Medical and sanitary report on the native army of Bombay for the year
Year: 1878
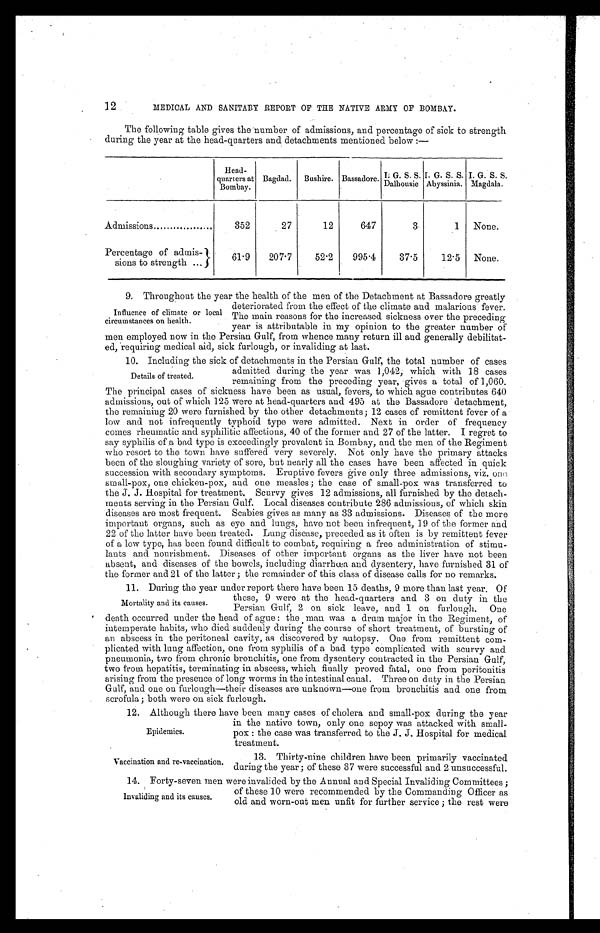
Epidemics.
Vaccination and re-vaccination.
12
MEDICAL AND SANITARY REPORT OP THE NATIVE ARMY OF BOMBAY.
The following table gives the number of admissions, and percentage of sick to strength
during the year at the head-quarters and detachments mentioned below :—
Head-
quarters at
Bombay.
Bagdad.
Bushire. Bassadore. I. G. S. S.
Dalhousie.
I. G. S. S.
Abyssinia.
I. G. S. S.
Magdala.
Admissions
352
27
12
647
3
1
None.
Percentage of admis-
sions to strength
61.9
207.7
52.2
995.4
37.5
12.5
None.
9. Throughout the year the health of the men of the Detachment at Bassadore greatly
Influence of climate or local
circumstances on health.
deteriorated irons the effect of the climate and malarious fever.
The main reasons for the increased sickness over the preceding
year is attributable in my opinion to the greater number of
men employed now in the Persian Gulf, from whence many return ill and generally debilitat-
ed, requiring medical aid, sick furlough, or invaliding at last.
10. Including the sick of detachments in the Persian Gulf, the total number of cases
admitted during the year was 1,042; which with 18 cases
remaining from the preceding year, gives a total of 1,060.
The principal cases of sickness have been as usual, fevers, to which ague contributes 640
admissions, out of which 125 were at head-quarters and 495 at the Bassadore detachment,
the remaining 20 were furnished by the other detachments; 12 cases of remittent fever of a
low and not infrequently typhoid type were admitted. Next in order of frequency
comes rheumatic and syphilitic affections, 40 of the former and 27 of the latter. I regret to
say syphilis of a bad type is exceedingly prevalent in Bombay, and the men of the Regiment
who resort to the town have suffered very severely. Not only have the primary attacks
been of the sloughing variety of sore, but nearly all the cases have been affected in quick
succession with secondary symptoms. Eruptive fevers give only three admissions, viz. one
small-pox, one chicken-pox, and one measles ; the case of small-pox was transferred to
the J. J. Hospital for treatment. Scurvy gives 12 admissions, all furnished by the detach-
ments serving in the Persian Gulf. Local diseases contribute 286 admissions, of which skin
diseases are most frequent. Scabies gives as many as 33 admissions. Diseases of the more
important organs, such as eye and lungs, have not been infrequent, 19 of the former and
22 of the latter have been treated. Lung disease, preceded as it often is by remittent fever
of a low type, has been found difficult to combat, requiring a free administration of stimu-
lants and nourishment. Diseases of other important organs as the liver have not been
absent, and diseases of the bowels, including diarrhœa and dysentery, have furnished 31 of
the former and 21 of the latter ; the remainder of this class of disease calls for no remarks.
11. During the year under report there have been 15 deaths, 9 more than last year. Of
these, 9 were at the head-quarters and 3 on duty in the
Persian Gulf, 2 on sick leave, and 1 on furlough.one
death occurred under the head of ague : the man was a drum major in the Regiment, of
intemperate habits, who died suddenly during the course of short treatment, of bursting of
an abscess in the peritoneal cavity, as discovered by autopsy. Ono from remittent com-
plicated with lung affection, one from syphilis of a bad type complicated with scurvy and
pneumonia, two from chronic bronchitis, one from dysentery contracted. in the Persian Gulf,
two from hepatitis, terminating in abscess, which finally proved fatal, one from peritonitis
arising from the presence of long worms in the intestinal canal. Three on duty in the Persian
Gulf, and one on furlough—their diseases are unknown—one from bronchitis and one from
scrofula; both were on sick furlough.
12. Although there have been many cases of cholera and small-pox during the year
in the native town, only one sepoy was attacked with small-
pox : the case was transferred to the J. J. Hospital for medical
treatment.
13. Thirty-nine children have been primarily vaccinated
during the year; of these 37 were successful and 2 unsuccessful.
14. Forty-seven men were invalided by the Annual and Special Invaliding Committees ;
Details of treated.
Mortality and its causes.
Invaliding and its causes.
of these 10 were recommended by the Commanding Officer as
old and worn-out men unfit for further service ; the rest were